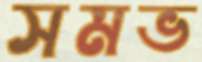
সমভ